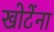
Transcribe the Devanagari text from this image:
खोटेंना